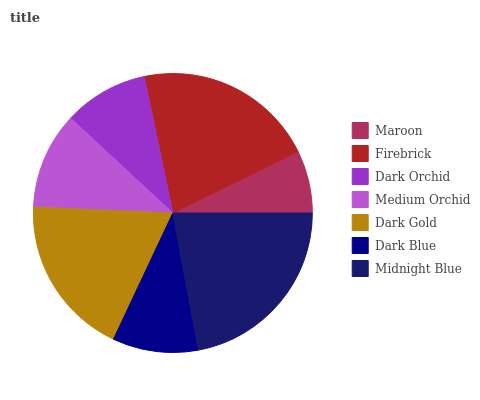
| Maroon | Firebrick | Dark Orchid | Medium Orchid | Dark Gold | Dark Blue | Midnight Blue |
 | --- | --- | --- | --- | --- | --- | --- |
 | 7.25% | 21% | 9.81% | 11.2% | 18.6% | 9.92% | 22.1% |